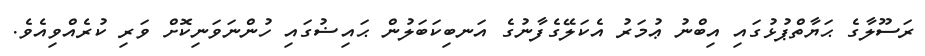
ރަސޫލާގެ ޙަޔާތްޕުޅުގައި އިބްނު ޢުމަރު އެކަލޭގެފާނުގެ އަނބިކަބަލުން ޙައިޟުގައި ހުންނަވަނިކޮށް ވަރި ކުރެއްވިއެވެ.